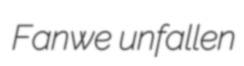
Fanwe unfallen